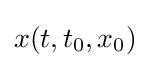
x(t,t_{0},x_{0})